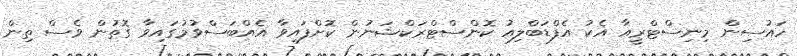
ހައުސިން މިނިސްޓްރީއާ އެކު އެފްޑަބްލިއު ކޮންސްޓްރަކްޝަނުން ކޮށްފައިވާ އެއްބަސްވުމުގައިވާ ގޮތުން ވެސް ތިން